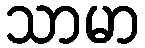
သာမာ